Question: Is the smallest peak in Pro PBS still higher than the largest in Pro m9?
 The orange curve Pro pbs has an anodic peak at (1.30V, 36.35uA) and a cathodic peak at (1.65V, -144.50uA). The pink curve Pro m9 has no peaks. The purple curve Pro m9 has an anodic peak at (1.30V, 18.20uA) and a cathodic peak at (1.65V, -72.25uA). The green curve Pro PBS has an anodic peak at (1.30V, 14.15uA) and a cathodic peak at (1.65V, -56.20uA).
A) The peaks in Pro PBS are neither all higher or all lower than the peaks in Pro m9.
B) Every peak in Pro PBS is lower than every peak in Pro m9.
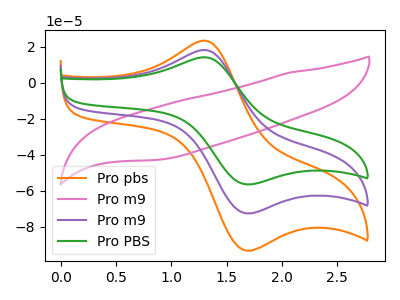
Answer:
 <answer>B) Every peak in "Pro PBS" is lower than every peak in "Pro m9".</answer>
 <eval>B</eval>